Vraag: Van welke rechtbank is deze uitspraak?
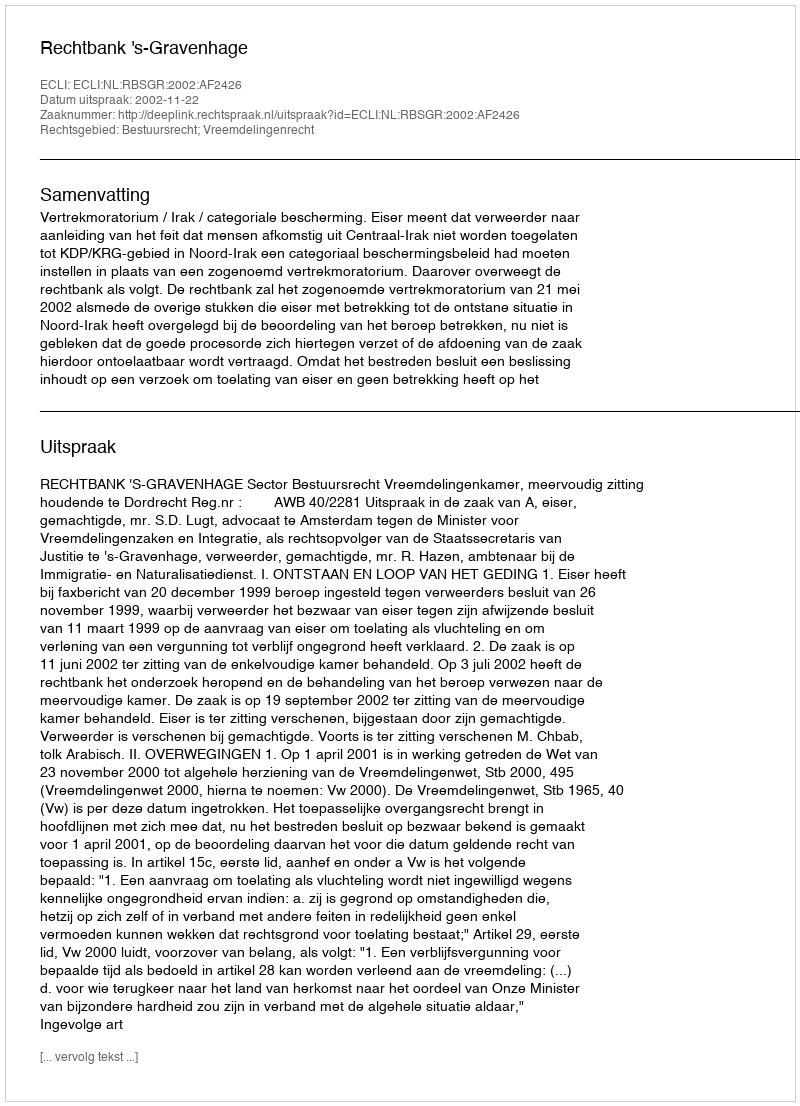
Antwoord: Rechtbank 's-Gravenhage